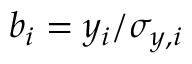
b _ { i } = y _ { i } / \sigma _ { y , i }